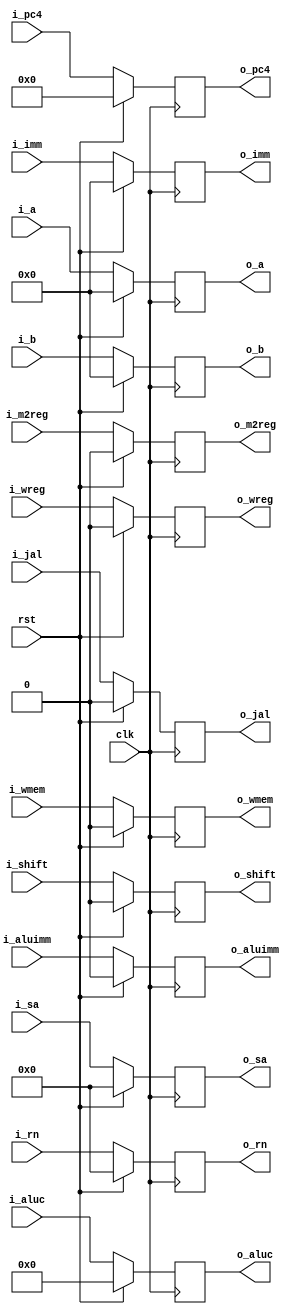
module pipedereg(i_wreg,i_m2reg,i_wmem,i_aluc,i_aluimm,i_a,i_b,i_imm,i_rn,i_shift,i_jal,i_pc4,i_sa,clk,rst,o_wreg,o_m2reg,o_wmem,o_aluc,o_aluimm,o_a,o_b,o_imm,o_rn,o_shift,o_jal,o_pc4,o_sa);
  input wire clk, rst,i_wreg,i_m2reg,i_wmem,i_aluimm,i_shift,i_jal;
  input wire [3:0] i_aluc;
  input wire [7:0] i_pc4;
  input wire [31:0] i_a,i_b,i_imm;
  input wire [4:0] i_rn,i_sa;
  output reg o_wreg,o_m2reg,o_wmem,o_aluimm,o_shift,o_jal;
  output reg [3:0] o_aluc;
  output reg [7:0] o_pc4;
  output reg [31:0] o_a,o_b,o_imm;
  output reg [4:0] o_rn,o_sa;
  always @(posedge clk) begin
  if (rst) begin 
	o_wreg<=0;
	o_m2reg<=0;
	o_wmem<=0;
	o_aluc<=0;
	o_aluimm<=0;
	o_a<=0;
	o_b<=0;
	o_imm<=0;
	o_rn<=0;
	o_shift<=0;
	o_jal<=0;
	o_pc4<=0;
	o_sa<=0;
	end
  else begin 
	o_wreg<=i_wreg;
	o_m2reg<=i_m2reg;
	o_wmem<=i_wmem;
	o_aluc<=i_aluc;
	o_aluimm<=i_aluimm;
	o_a<=i_a;
	o_b<=i_b;
	o_imm<=i_imm;
	o_rn<=i_rn;
	o_shift<=i_shift;
	o_jal<=i_jal;
	o_pc4<=i_pc4;
	o_sa<=i_sa;
  end
  end
endmodule